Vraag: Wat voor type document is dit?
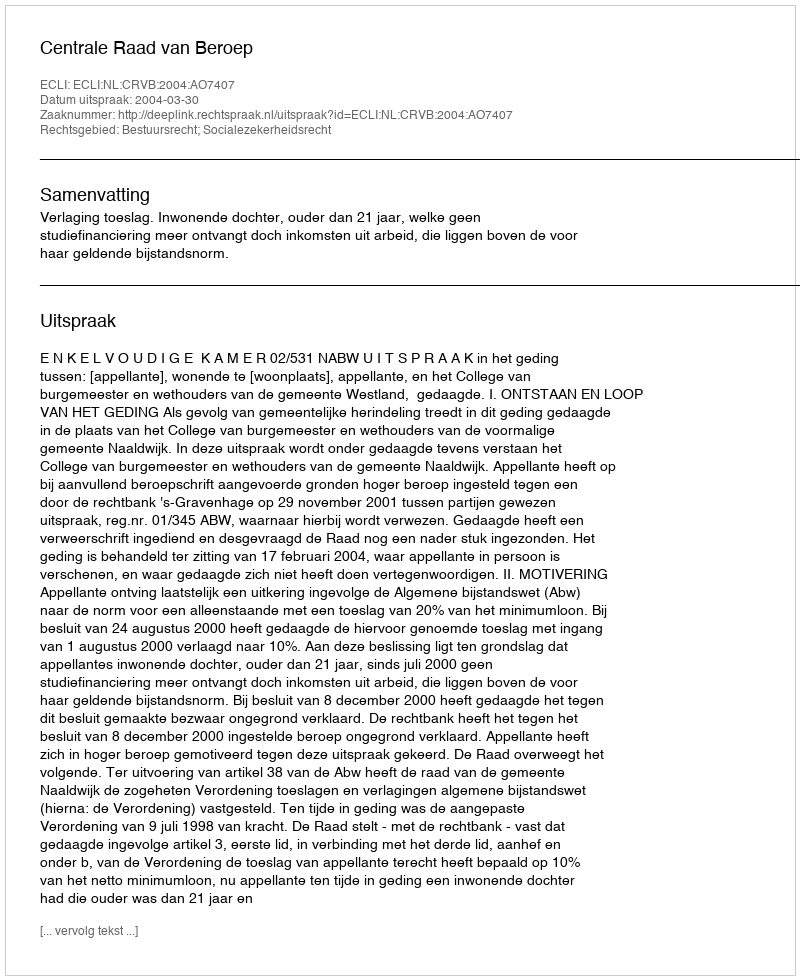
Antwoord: Uitspraak